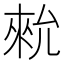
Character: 𪝗